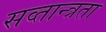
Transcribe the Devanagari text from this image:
सव्तान्त्रता